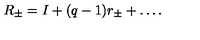
R _ { \pm } = I + ( q - 1 ) r _ { \pm } + \dots .